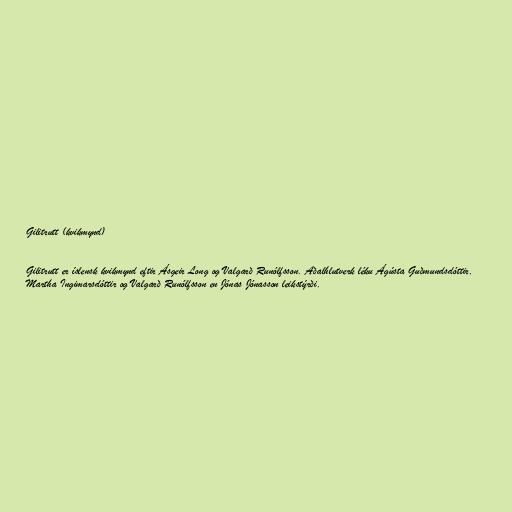
Gilitrutt (kvikmynd)

Gilitrutt er íslensk kvikmynd eftir Ásgeir Long og Valgarð Runólfsson. Aðalhlutverk léku Ágústa Guðmundsdóttir,
Martha Ingimarsdóttir og Valgarð Runólfsson en Jónas Jónasson leikstýrði.